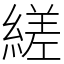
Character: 縒